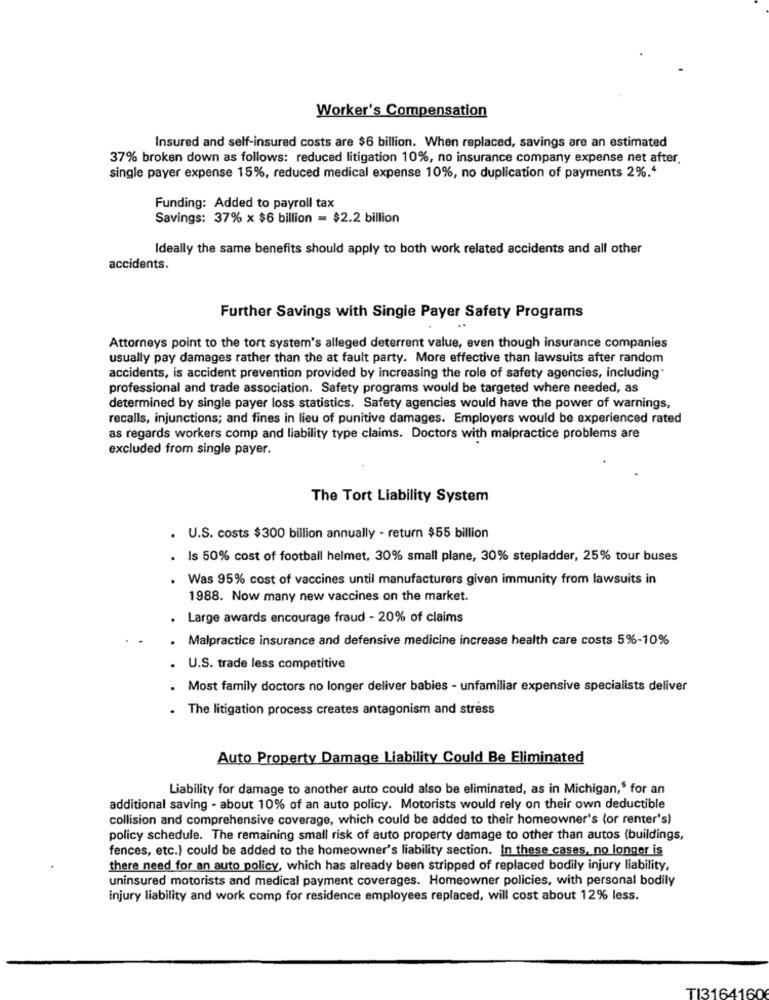
Worker's Compensation
Insured and self-insured costs are $6 billion. When replaced, savings are an estimated
37% broken down as follows: reduced litigation 10%, no insurance company expense net after.
single payer expense 15%, reduced medical expense 10%, no duplication of payments 2%.“
Funding: Added to payroll tax
Savings: 37% x $6 billion = $2.2 billion
Ideally the same benefits should apply to both work related accidents and all other
accidents.
Further Savings with Single Payer Safety Programs
Attorneys point to the tort system's alleged deterrent value, even though insurance companies
usually pay damages rather than the at fault party. More effective than lawsuits after random
accidents, is accident prevention provided by increasing the role of safety agencies, including'
professional and trade association. Safety programs would be targeted where needed, as
determined by single payer loss statistics. Safety agencies would have the power of warnings,
recalls, injunctions; and fines in lieu of punitive damages. Employers would be experienced rated
as regards workers comp and liability type claims. Doctors with malpractice problems are
excluded from single payer.
The Tort Liability System
U.S. costs $300 billion annually - return $55 billion
. Is 50% cost of football helmet, 30% small plane, 30% stepladder, 25% tour buses
Was 95% cost of vaccines until manufacturers given immunity from lawsuits in
1988. Now many new vaccines on the market.
. Large awards encourage fraud - 20% of claims
. Malpractice insurance and defensive medicine increase health care costs 5%-10%
. U.S. trade less competitive
Most family doctors no longer deliver babies - unfamiliar expensive specialists deliver
The litigation process creates antagonism and stress
Auto Property Damage Liability Could Be Eliminated
Liability for damage to another auto could also be eliminated, as in Michigan," for an
additional saving - about 10% of an auto policy. Motorists would rely on their own deductible
collision and comprehensive coverage, which could be added to their homeowner's (or renter's)
policy schedule. The remaining small risk of auto property damage to other than autos (buildings,
fences, etc.) could be added to the homeowner's liability section. In these cases, no longer is
there need for an auto policy, which has already been stripped of replaced bodily injury liability,
uninsured motorists and medical payment coverages. Homeowner policies, with personal bodily
injury liability and work comp for residence employees replaced, will cost about 12% less.
TI3164160